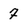
Character: 7